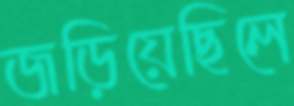
জড়িয়েছিলে